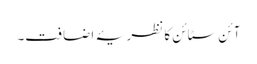
آئن سٹائن کا نظریۂ اضافت۔